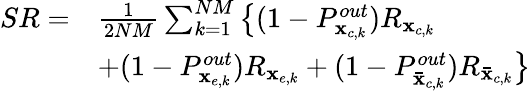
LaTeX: \begin{array}{rl}{SR=}&{\frac{1}{{2NM}}\sum_{k=1}^{NM}\big\{ (1-P_{{{\mathbf{x}}_{c,k}}}^{out}){R_{{{\mathbf{x}}_{c,k}}}}}\\ &{+(1-P_{{{\mathbf{x}}_{e,k}}}^{out}){R_{{{\mathbf{x}}_{e,k}}}}+(1-P_{{{{\mathbf{\bar{x}}}}_{c,k}}}^{out}){R_{{{{\mathbf{\bar{x}}}}_{c,k}}}}\big\} }\end{array}